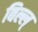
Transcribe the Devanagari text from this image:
बिल्ल्